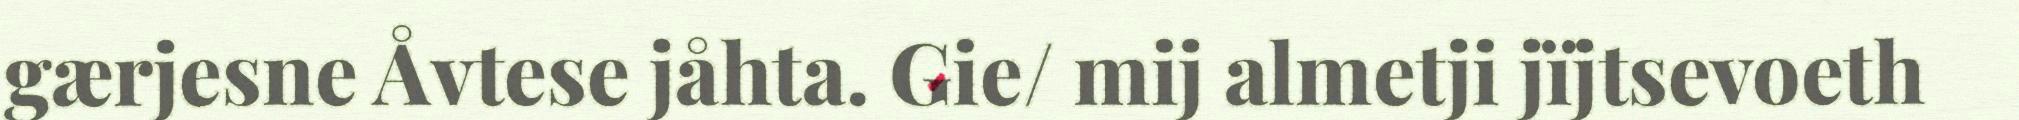
gærjesne Åvtese jåhta. Gie/ mij almetji jïjtsevoeth